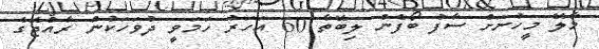
މާލޭ މީހުނަށް ސާފު ބޯފެން ލިބޭތާ 60 އަހަރު ހަމަވީ ދުވަހަކުން ރާއްޖޭގެ